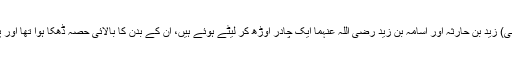
تمہیں معلوم ہے کہمجزِّز مُدلجی آیا اور اس نے دیکھا: (دو اشخاص یعنی) زید بن حارثہ اور اسامہ بن زید رضی اللہ عنہما ایک چادر اوڑھ کر لیٹے ہوئے ہیں، اُن کے بدن کا بالائی حصہ ڈھکا ہوا تھا اور پاؤں نظر آرہے تھے، اس نے کہا: یہ پاؤں ایک دوسرے کا جزو ہیں‘‘۔